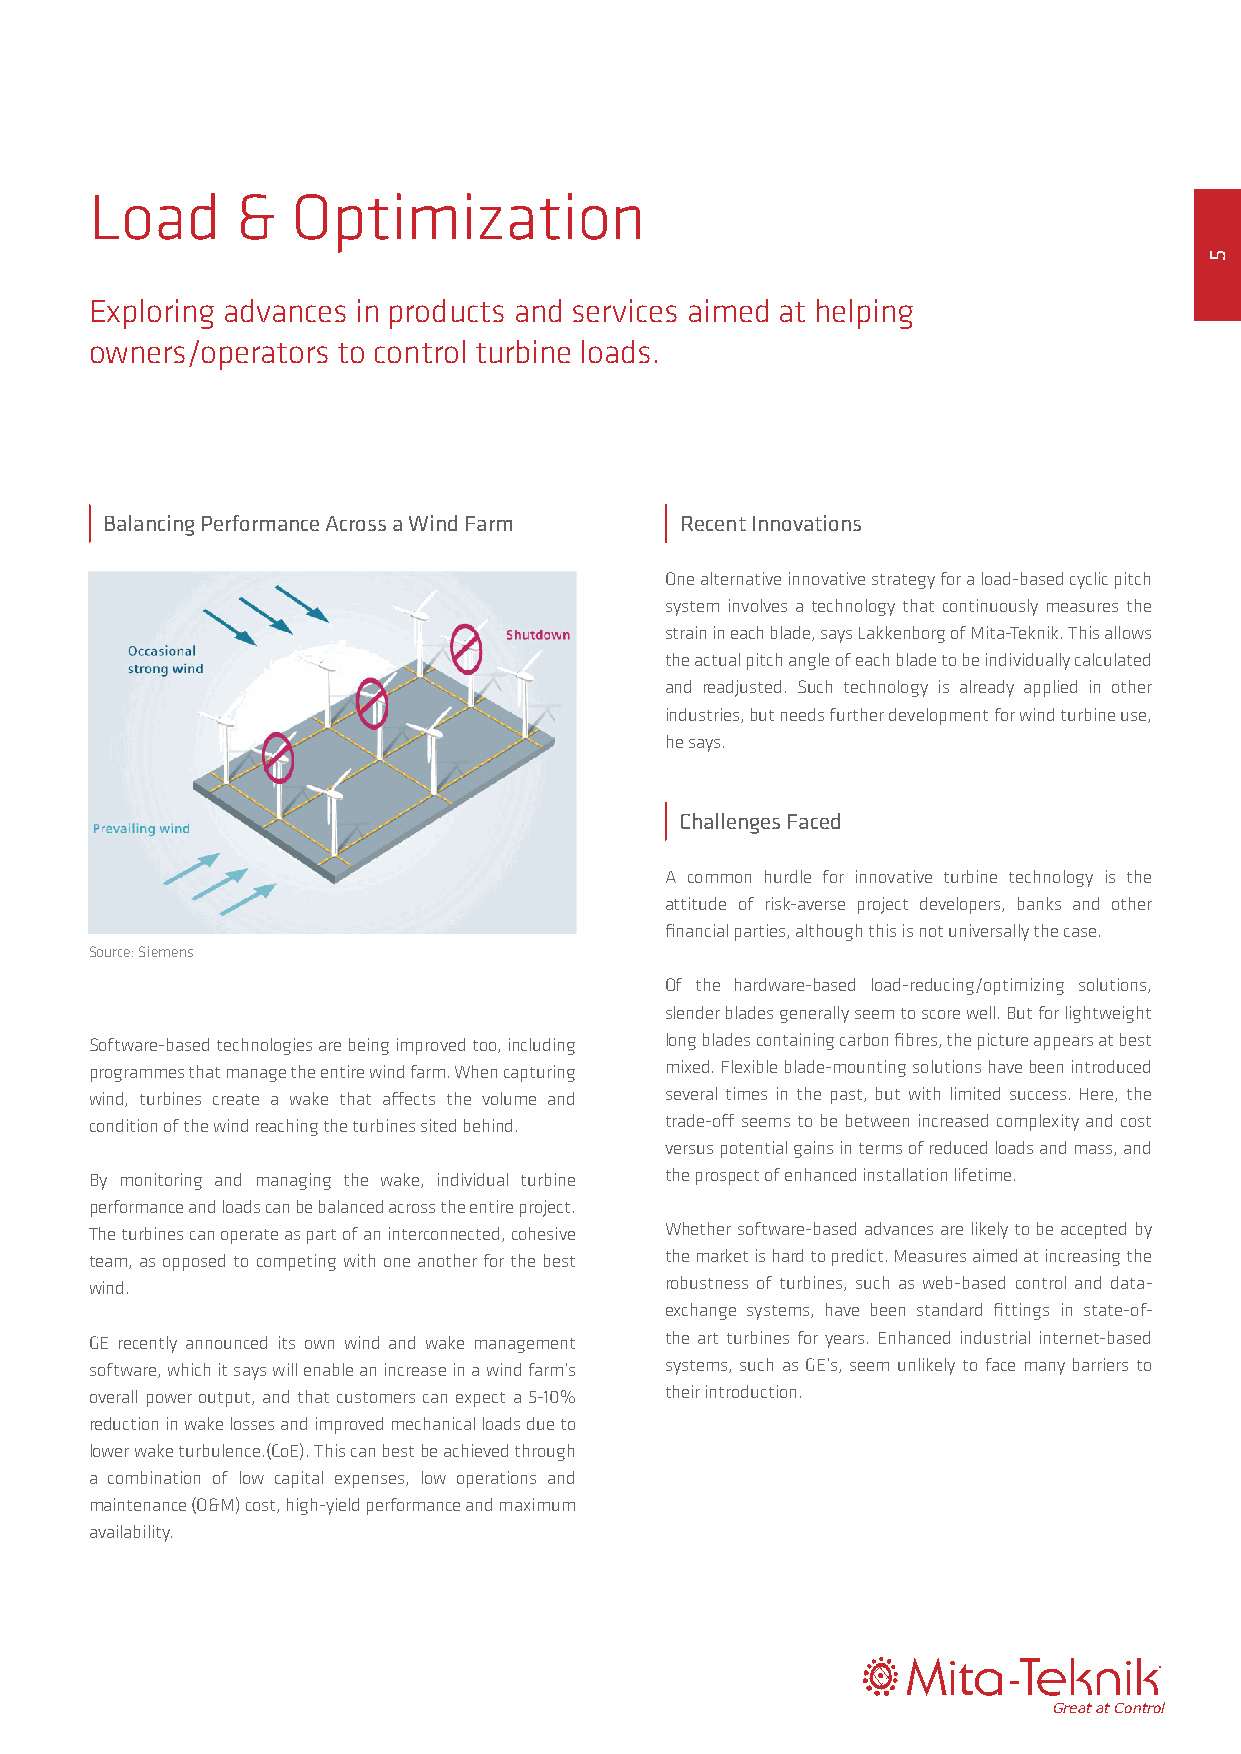
Load      &  Optimization
 Exploring advances in products and services aimed at helping
 owners/operators to control turbine loads.
 Balancing Performance Across a Wind Farm Recent Innovations
 One alternative innovative strategy for a load-based cyclic pitch
 system involves a technology that continuously measures the
 strain in each blade, says Lakkenborg of Mita-Teknik. This allows
 the actual pitch angle of each blade to be individually calculated
 and readjusted. Such technology is already applied in other
 industries, but needs further development for wind turbine use,
 he says.
 Challenges Faced
 A common hurdle for innovative turbine technology is the
 attitude of risk-averse project developers, banks and other
 financial parties, although this is not universally the case.
 Source: Siemens
 Of the hardware-based load-reducing/optimizing solutions,
 slender blades generally seem to score well. But for lightweight
 Software-based technologies are being improved too, including long blades containing carbon fibres, the picture appears at best
 programmes that manage the entire wind farm. When capturing mixed. Flexible blade-mounting solutions have been introduced
 wind, turbines create a wake that affects the volume and several times in the past, but with limited success. Here, the
 condition of the wind reaching the turbines sited behind. trade-off seems to be between increased complexity and cost
 versus potential gains in terms of reduced loads and mass, and
 By monitoring and managing the wake, individual turbine the prospect of enhanced installation lifetime.
 performance and loads can be balanced across the entire project.
 The turbines can operate as part of an interconnected, cohesive Whether software-based advances are likely to be accepted by
 team, as opposed to competing with one another for the best the market is hard to predict. Measures aimed at increasing the
 wind.                                 robustness of turbines, such as web-based control and data-
 exchange systems, have been standard fittings in state-of-
 GE recently announced its own wind and wake management the art turbines for years. Enhanced industrial internet-based
 software, which it says will enable an increase in a wind farm’s systems, such as GE’s, seem unlikely to face many barriers to
 overall power output, and that customers can expect a 5-10% their introduction.
 reduction in wake losses and improved mechanical loads due to
 lower wake turbulence.(CoE). This can best be achieved through
 a combination of low capital expenses, low operations and
 maintenance (O&M) cost, high-yield performance and maximum
 availability.
 ®®
 GGrreeaatt aatt CCoonnttrrooll
 5